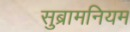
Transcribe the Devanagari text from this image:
सुब्रामनियम